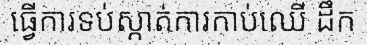
ធ្វើការទប់ស្កាត់ការកាប់ឈើ ដឹក